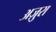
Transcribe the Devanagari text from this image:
अज़ुरा